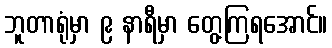
ဘူတာရုံမှာ ၉ နာရီမှာ တွေ့ကြရအောင်။